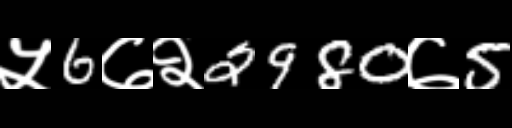
Text: ५6७२2980७5